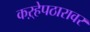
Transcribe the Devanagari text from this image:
कऱ्हेपठारावर